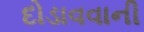
દોડાવવાની